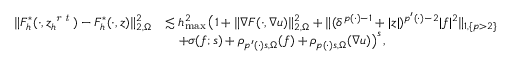
\begin{array} { r l } { \| F _ { h } ^ { * } ( \cdot , z _ { h } ^ { \textit { r t } } ) - F _ { h } ^ { * } ( \cdot , z ) \| _ { 2 , \Omega } ^ { 2 } } & { \lesssim h _ { \operatorname* { m a x } } ^ { 2 } \, \big ( 1 + \| \nabla F ( \cdot , \nabla u ) \| _ { 2 , \Omega } ^ { 2 } + \| ( \delta ^ { p ( \cdot ) - 1 } + \vert z \vert ) ^ { p ^ { \prime } ( \cdot ) - 2 } \vert f \vert ^ { 2 } \| _ { 1 , \{ p > 2 \} } } \\ & { \quad + \sigma ( f ; s ) + \rho _ { p ^ { \prime } ( \cdot ) s , \Omega } ( f ) + \rho _ { p ( \cdot ) s , \Omega } ( \nabla u ) \big ) ^ { s } \, , } \end{array}